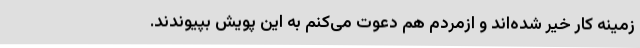
زمینه کار خیر شده‌اند و ازمردم هم دعوت می‌کنم به این پویش بپیوندند.